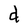
Character: d